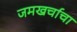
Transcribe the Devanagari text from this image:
जमखर्चाचा